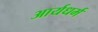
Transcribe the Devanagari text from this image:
आर्यधर्म